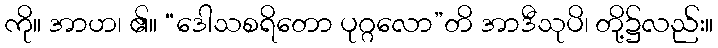
ကို။ အာဟ၊ ၏။ “ဒေါသစရိတော ပုဂ္ဂလော”တိ အာဒီသုပိ၊ တို့၌လည်း။